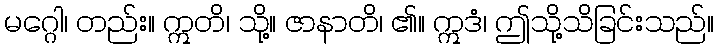
မဂ္ဂေါ၊ တည်း။ ဣတိ၊ သို့။ ဇာနာတိ၊ ၏။ ဣဒံ၊ ဤသို့သိခြင်းသည်။